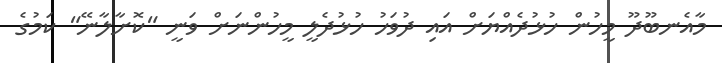
މާއެނބޫދޫ މީހުން ހުޅުދެއްޔަށް އައި ދުވަހު ހުޅުދެލީ މީހުންނަށް ވަނީ "ކޮށާލާނޭ" ކަމުގެ